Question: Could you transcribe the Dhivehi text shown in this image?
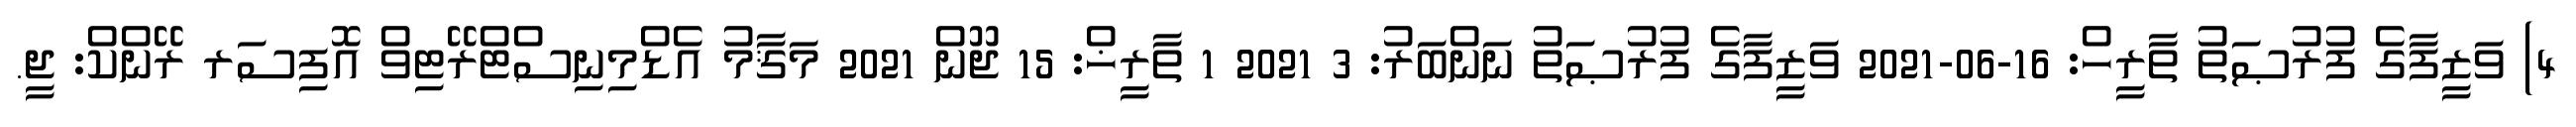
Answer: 4) ވަޒީފާގެ ފުރުޞަތު ތާރީހް: 16-06-2021 ވަޒީފާގެ ފުރުޞަތު ނަންބަރު: 3 2021 1 ތާރީޚް: 15 ޖޫން 2021 މަޤާމު އެޑްމިނިސްޓްރޭޓިވް އޮފިސަރ ރޭންކް: ޖީ.